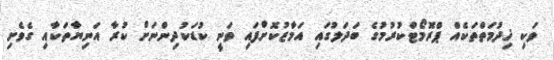
ވަކި ޚިދުމަތްތަކެއް ޕްރޮމޯޓްކުރުމުގެ ބަދަލުގައި އަމާޒުކޮށްފައި ވަނީ ކުޑަކުދިންނަށް ކުރާ އަނިޔާތަކާއި ގެވެށި